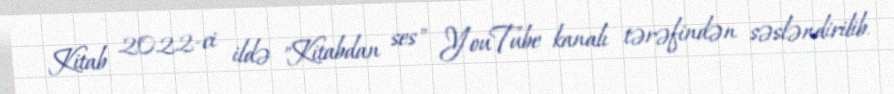
Kitab 2022-ci ildə "Kitabdan ses" YouTube kanalı tərəfindən səsləndirilib.